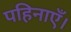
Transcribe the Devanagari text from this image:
पहिनाएँ।